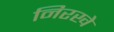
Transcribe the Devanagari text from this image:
निरखे